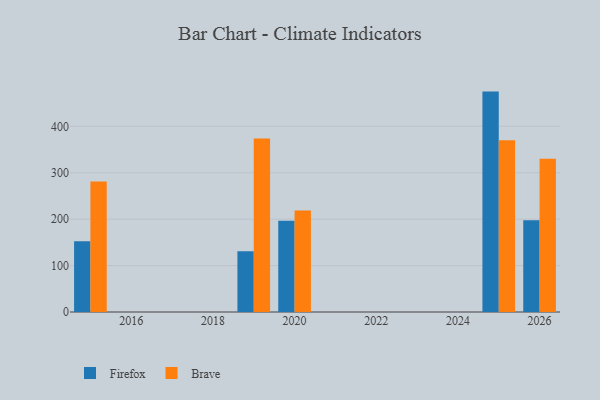
{"axis": {"x": "Year", "y": "Headcount"}, "legend": ["Brave", "Firefox"], "data": [{"x": "2020", "y": 196.4, "type": "Firefox"}, {"x": "2020", "y": 218.7, "type": "Brave"}, {"x": "2026", "y": 197.4, "type": "Firefox"}, {"x": "2026", "y": 330.3, "type": "Brave"}, {"x": "2019", "y": 130.7, "type": "Firefox"}, {"x": "2019", "y": 373.8, "type": "Brave"}, {"x": "2025", "y": 474.8, "type": "Firefox"}, {"x": "2025", "y": 370.0, "type": "Brave"}, {"x": "2015", "y": 152.4, "type": "Firefox"}, {"x": "2015", "y": 281.2, "type": "Brave"}]}